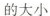
的大小